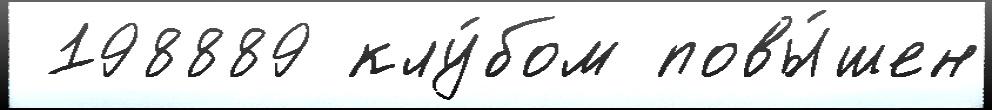
 198889 клу́бом повы́шен